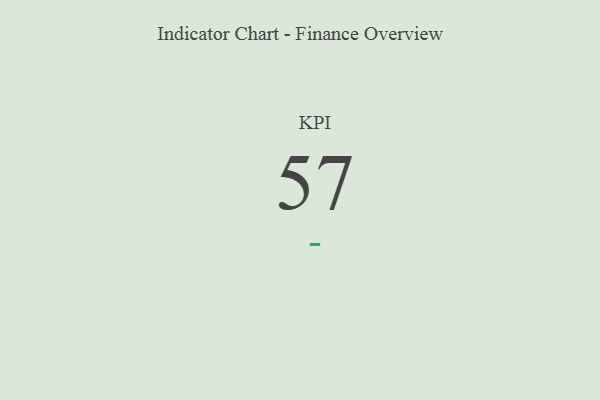
{"axis": {"x": "KPI", "y": "Value"}, "legend": [""], "data": [{"x": "KPI", "y": 57, "type": ""}]}